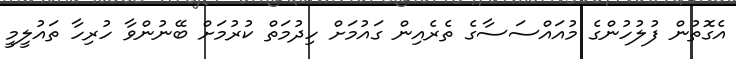
އެގޮތުން ފުލުހުންގެ މުއައްސަސާގެ ތެރެއިން ގައުމަށް ހިދުމަތް ކުރުމަށް ބޭނުންވާ ހުރިހާ ތައުލީމީ